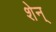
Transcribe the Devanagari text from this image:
शेन्